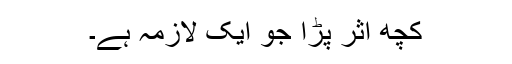
کچھ اثر پڑا جو ایک لازمہ ہے۔